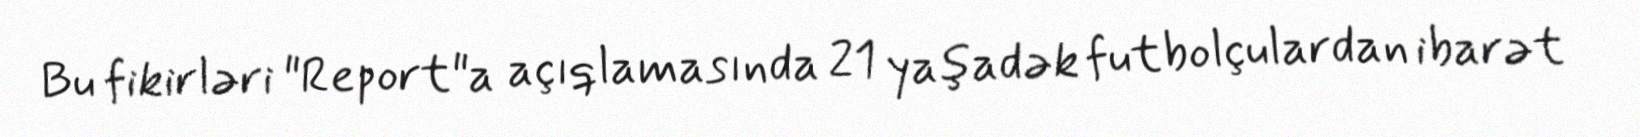
Bu fikirləri "Report"a açıqlamasında 21 yaşadək futbolçulardan ibarət